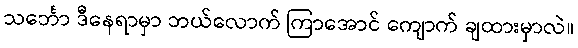
သင်္ဘော ဒီနေရာမှာ ဘယ်လောက် ကြာအောင် ကျောက် ချထားမှာလဲ။